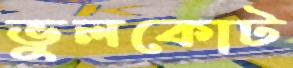
ভুলকোট